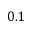
0 . 1